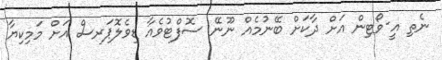
ނެތި އީ-ވޯޓިން އަށް ދާކަށް ބޭނުމެއް ނޫނޭ ސޮފްޓުވެއާ ޑިވެލޮޕަރސް އަށް މަމިކިޔާ